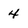
Character: 4